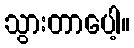
သွားတာပေါ့။